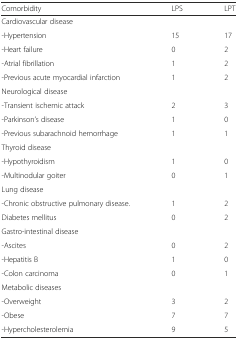
<table><thead><tr><td><b>Comorbidity</b></td><td><b>LPS</b></td><td><b>LPT</b></td></tr></thead><tbody><tr><td>Cardiovascular disease</td><td></td><td></td></tr><tr><td>-Hypertension</td><td>15</td><td>17</td></tr><tr><td>-Heart failure</td><td>0</td><td>2</td></tr><tr><td>-Atrial fibrillation</td><td>1</td><td>2</td></tr><tr><td>-Previous acute myocardial infarction</td><td>1</td><td>2</td></tr><tr><td>Neurological disease</td><td></td><td></td></tr><tr><td>-Transient ischemic attack</td><td>2</td><td>3</td></tr><tr><td>-Parkinson’s disease</td><td>1</td><td>0</td></tr><tr><td>-Previous subarachnoid hemorrhage</td><td>1</td><td>1</td></tr><tr><td>Thyroid disease</td><td></td><td></td></tr><tr><td>-Hypothyroidism</td><td>1</td><td>0</td></tr><tr><td>-Multinodular goiter</td><td>0</td><td>1</td></tr><tr><td>Lung disease</td><td></td><td></td></tr><tr><td>-Chronic obstructive pulmonary disease.</td><td>1</td><td>2</td></tr><tr><td>Diabetes mellitus</td><td>0</td><td>2</td></tr><tr><td>Gastro-intestinal disease</td><td></td><td></td></tr><tr><td>-Ascites</td><td>0</td><td>2</td></tr><tr><td>-Hepatitis B</td><td>1</td><td>0</td></tr><tr><td>-Colon carcinoma</td><td>0</td><td>1</td></tr><tr><td>Metabolic diseases</td><td></td><td></td></tr><tr><td>-Overweight</td><td>3</td><td>2</td></tr><tr><td>-Obese</td><td>7</td><td>7</td></tr><tr><td>-Hypercholesterolemia</td><td>9</td><td>5</td></tr></tbody></table>